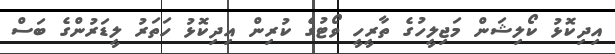
އިދިކޮޅު ކޯލިޝަން މަޖިލީހުގެ ތާރީހީ ވޯޓުގެ ކުރިން އިދިކޮޅު ހަތަރު ލީޑަރުންގެ ބަސް